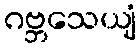
ဂဗ္ဘသေယျံ